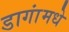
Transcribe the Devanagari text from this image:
डागांमधे